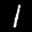
Label: 1